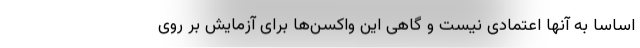
اساساً به آنها اعتمادی نیست و گاهی این واکسن‌ها برای آزمایش بر روی